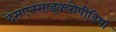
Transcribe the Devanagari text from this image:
देसएनसाइक्लोपीडिया